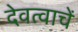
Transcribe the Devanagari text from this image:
देवत्वाचें